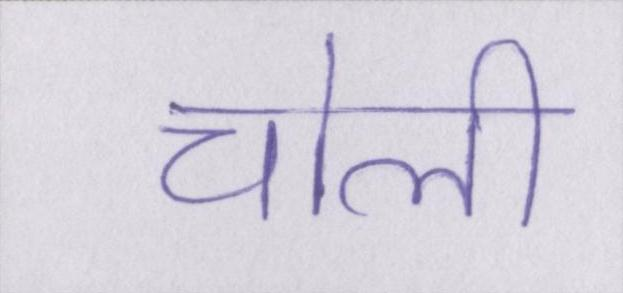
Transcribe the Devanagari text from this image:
चोली